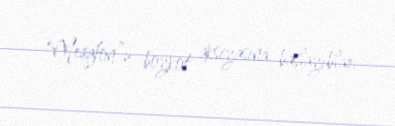
“Meqafon”u boykot aksiyasına başlayıblar.